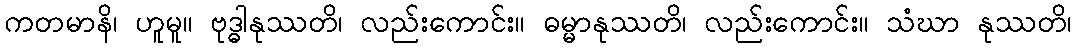
ကတမာနိ၊ ဟူမူ။ ဗုဒ္ဓါနုဿတိ၊ လည်းကောင်း။ ဓမ္မာနုဿတိ၊ လည်းကောင်း။ သံဃာ နုဿတိ၊